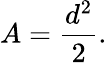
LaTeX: A={\frac{d^{2}}{2}}.